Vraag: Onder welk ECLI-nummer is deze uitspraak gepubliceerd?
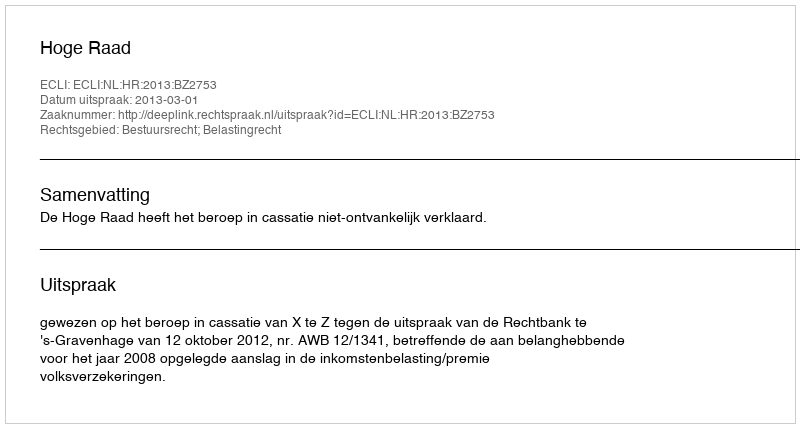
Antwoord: ECLI:NL:HR:2013:BZ2753